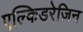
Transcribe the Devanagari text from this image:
एल्किडरेज़िन